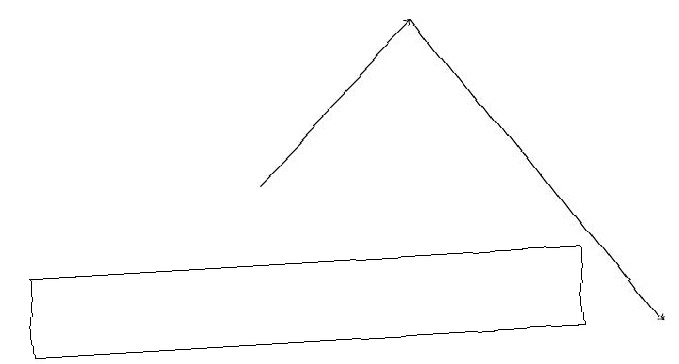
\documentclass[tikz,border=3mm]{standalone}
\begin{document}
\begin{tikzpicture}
\draw[->] (6,17) -- (9,13);
\draw[->] (4,15) -- (6,17);
\draw (8,13) rectangle (1,14);
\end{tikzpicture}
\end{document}